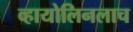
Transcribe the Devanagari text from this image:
व्हायोलिनलाच